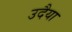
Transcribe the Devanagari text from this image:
उदैया